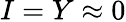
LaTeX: I=Y\approx 0